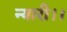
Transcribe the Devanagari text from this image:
न्यारी।।